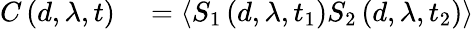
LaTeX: \begin{array}{rl}{C\left(d,\lambda,t\right)}&{{}=\left\langle S_{1}\left(d,\lambda,t_{1}\right)S_{2}\left(d,\lambda,t_{2}\right)\right\rangle}\end{array}